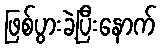
ဖြစ်ပွားခဲ့ပြီးနောက်